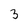
Character: 3